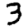
Digit: 3